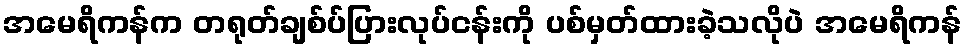
အမေရိကန်က တရုတ်ချစ်ပ်ပြားလုပ်ငန်းကို ပစ်မှတ်ထားခဲ့သလိုပဲ အမေရိကန်